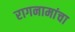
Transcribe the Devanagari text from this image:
रागनामांचा